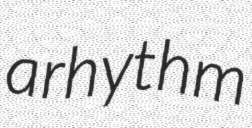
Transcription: a rhythm